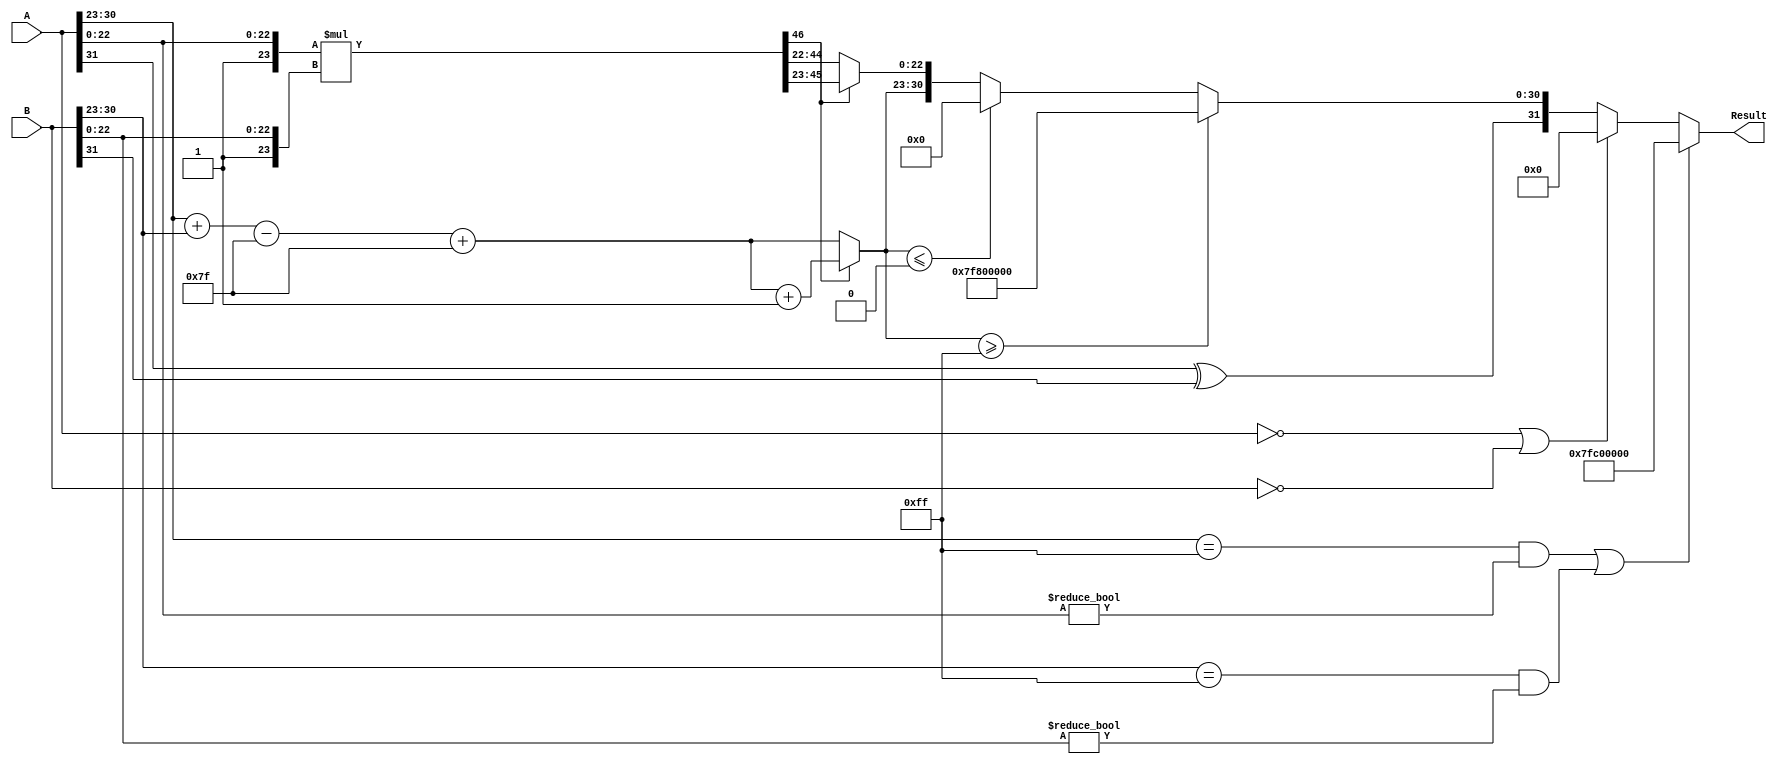
module floating_point_multiplier (
    input  wire [31:0] A, // First floating-point operand
    input  wire [31:0] B, // Second floating-point operand
    output reg  [31:0] Result // Product of the two floating-point operands
);

    // Constants
    localparam BIAS = 8'd127;
    localparam EXPONENT_BITS = 8;
    localparam MANTISSA_BITS = 23;

    // Extract sign, exponent, and mantissa
    wire sign_a = A[31];
    wire sign_b = B[31];
    wire [EXPONENT_BITS-1:0] exp_a = A[30:23];
    wire [EXPONENT_BITS-1:0] exp_b = B[30:23];
    wire [MANTISSA_BITS-1:0] mant_a = A[22:0];
    wire [MANTISSA_BITS-1:0] mant_b = B[22:0];

    // Handle special cases
    wire is_zero_a = (A == 32'b0);
    wire is_zero_b = (B == 32'b0);
    wire is_nan_a = (exp_a == 8'b11111111 && mant_a != 23'b0);
    wire is_nan_b = (exp_b == 8'b11111111 && mant_b != 23'b0);

    // Intermediate signals
    wire [MANTISSA_BITS:0] mant_a_normalized = {1'b1, mant_a}; // Add implicit leading 1
    wire [MANTISSA_BITS:0] mant_b_normalized = {1'b1, mant_b}; // Add implicit leading 1
    wire [46:0] mant_product = mant_a_normalized * mant_b_normalized; // 46-bit product

    // Exponent calculation
    wire [EXPONENT_BITS-1:0] exp_sum = exp_a + exp_b - BIAS;
    wire [EXPONENT_BITS-1:0] exp_result = exp_sum + BIAS;

    // Result sign
    wire result_sign = sign_a ^ sign_b;

    // Normalization and rounding
    reg [MANTISSA_BITS-1:0] mant_result;
    reg [EXPONENT_BITS-1:0] exp_final;

    always @* begin
        if (is_nan_a || is_nan_b) begin
            // NaN propagation
            Result = 32'b01111111110000000000000000000000; // Example NaN representation
        end else if (is_zero_a || is_zero_b) begin
            // Zero multiplication
            Result = 32'b0;
        end else begin
            // Normal multiplication
            if (mant_product[46]) begin
                // Normalization required (product >= 2)
                mant_result = mant_product[45:23]; // Shift right
                exp_final = exp_result + 1;
            end else begin
                // No normalization required (product < 2)
                mant_result = mant_product[44:22]; // Keep as is
                exp_final = exp_result;
            end

            // Handle overflow and underflow
            if (exp_final >= 8'b11111111) begin
                // Overflow
                Result = {result_sign, 8'b11111111, 23'b0}; // Set to infinity
            end else if (exp_final <= 0) begin
                // Underflow
                Result = {result_sign, 8'b0, 23'b0}; // Set to zero
            end else begin
                // Construct final result
                Result = {result_sign, exp_final, mant_result};
            end
        end
    end

endmodule